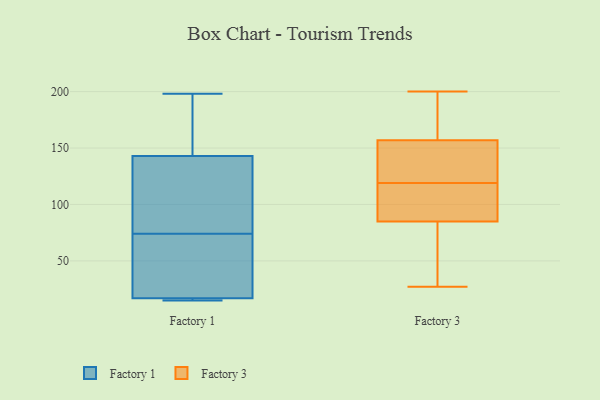
{"axis": {"x": "Satisfaction Score", "y": "Value"}, "legend": ["Factory 1", "Factory 3"], "data": [{"x": "", "y": 60, "type": "Factory 1"}, {"x": "", "y": 147, "type": "Factory 1"}, {"x": "", "y": 88, "type": "Factory 1"}, {"x": "", "y": 22, "type": "Factory 1"}, {"x": "", "y": 143, "type": "Factory 1"}, {"x": "", "y": 198, "type": "Factory 1"}, {"x": "", "y": 95, "type": "Factory 1"}, {"x": "", "y": 17, "type": "Factory 1"}, {"x": "", "y": 17, "type": "Factory 1"}, {"x": "", "y": 15, "type": "Factory 1"}, {"x": "", "y": 175, "type": "Factory 3"}, {"x": "", "y": 200, "type": "Factory 3"}, {"x": "", "y": 58, "type": "Factory 3"}, {"x": "", "y": 133, "type": "Factory 3"}, {"x": "", "y": 79, "type": "Factory 3"}, {"x": "", "y": 27, "type": "Factory 3"}, {"x": "", "y": 92, "type": "Factory 3"}, {"x": "", "y": 126, "type": "Factory 3"}, {"x": "", "y": 170, "type": "Factory 3"}, {"x": "", "y": 55, "type": "Factory 3"}, {"x": "", "y": 169, "type": "Factory 3"}, {"x": "", "y": 130, "type": "Factory 3"}, {"x": "", "y": 91, "type": "Factory 3"}, {"x": "", "y": 112, "type": "Factory 3"}, {"x": "", "y": 145, "type": "Factory 3"}, {"x": "", "y": 112, "type": "Factory 3"}]}